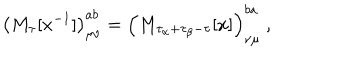
\left( M _ { \tau } [ x ^ { - 1 } ] \right) _ { \mu \nu } ^ { a b } = \left( M _ { \tau _ { \alpha } + \tau _ { \beta } - \tau } [ x ] \right) _ { \nu \mu } ^ { b a } \ ,